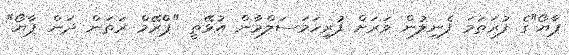
ޕާޔޯ"ގެ ފުރަތަމަ ފެނިލުން ވަރަށް ފުރިހަމަސަލްމާން އުޅޭތީ "ޕްރޭމް ރަތަން ދަން ޕާޔޯ"